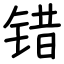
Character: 错